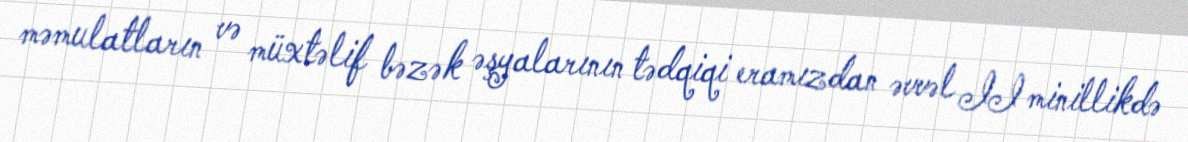
məmulatların və müxtəlif bəzək əşyalarının tədqiqi eramızdan əvvəl II minillikdə